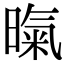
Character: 暣